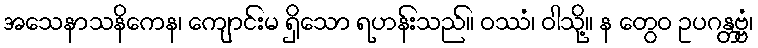
အသေနာသနိကေန၊ ကျောင်းမ ရှိသော ရဟန်းသည်။ ဝဿံ၊ ဝါသို့။ န တွေဝ ဥပဂန္တဗ္ဗံ၊